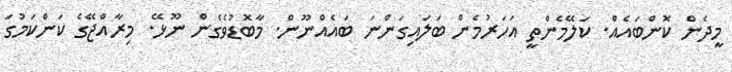
މީދެން ކޮންބައެއް. ކަލޭމެންތީ އަހަރުމެން ބަލައިގަންނަ ބައެއްނޫން. މާބޮޑުވެގެން ނޫޅޭ. މިރާއްޖޭގެ ކަންކަމުގަ